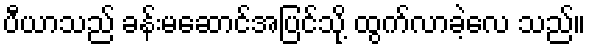
ပီယာသည် ခန်းမဆောင်အပြင်သို့ ထွက်လာခဲ့လေ သည်။